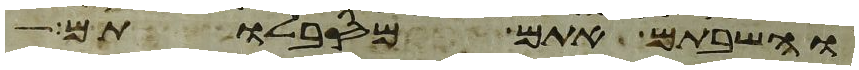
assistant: והשבתם אתם מסבלותם